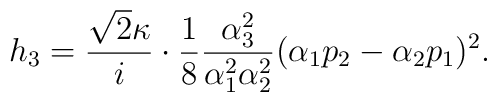
h_3 =  \frac{\sqrt{2} \kappa}{i} \cdot \frac{1}{8}    \frac{\alpha_3^{ 2}}{\alpha_1^{ 2} \alpha_2^{ 2} }  ( \alpha_1 p_2  - \alpha_2 p_1 )^2 .